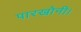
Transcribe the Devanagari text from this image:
पारखोनी।